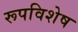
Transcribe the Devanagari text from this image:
रूपविशेष